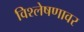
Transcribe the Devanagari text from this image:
विश्लेषणावर